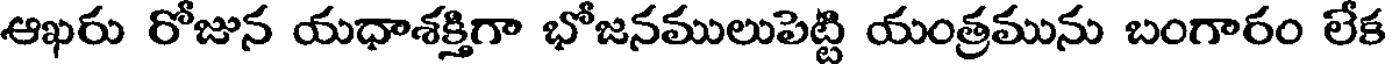
ఆఖరు రోజున యధాశక్తిగా భోజనములుపెట్టి యంత్రమును బంగారం లేక